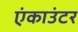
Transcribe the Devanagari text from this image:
एंकाउंटर